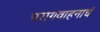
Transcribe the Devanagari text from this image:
परागवाहनाचं